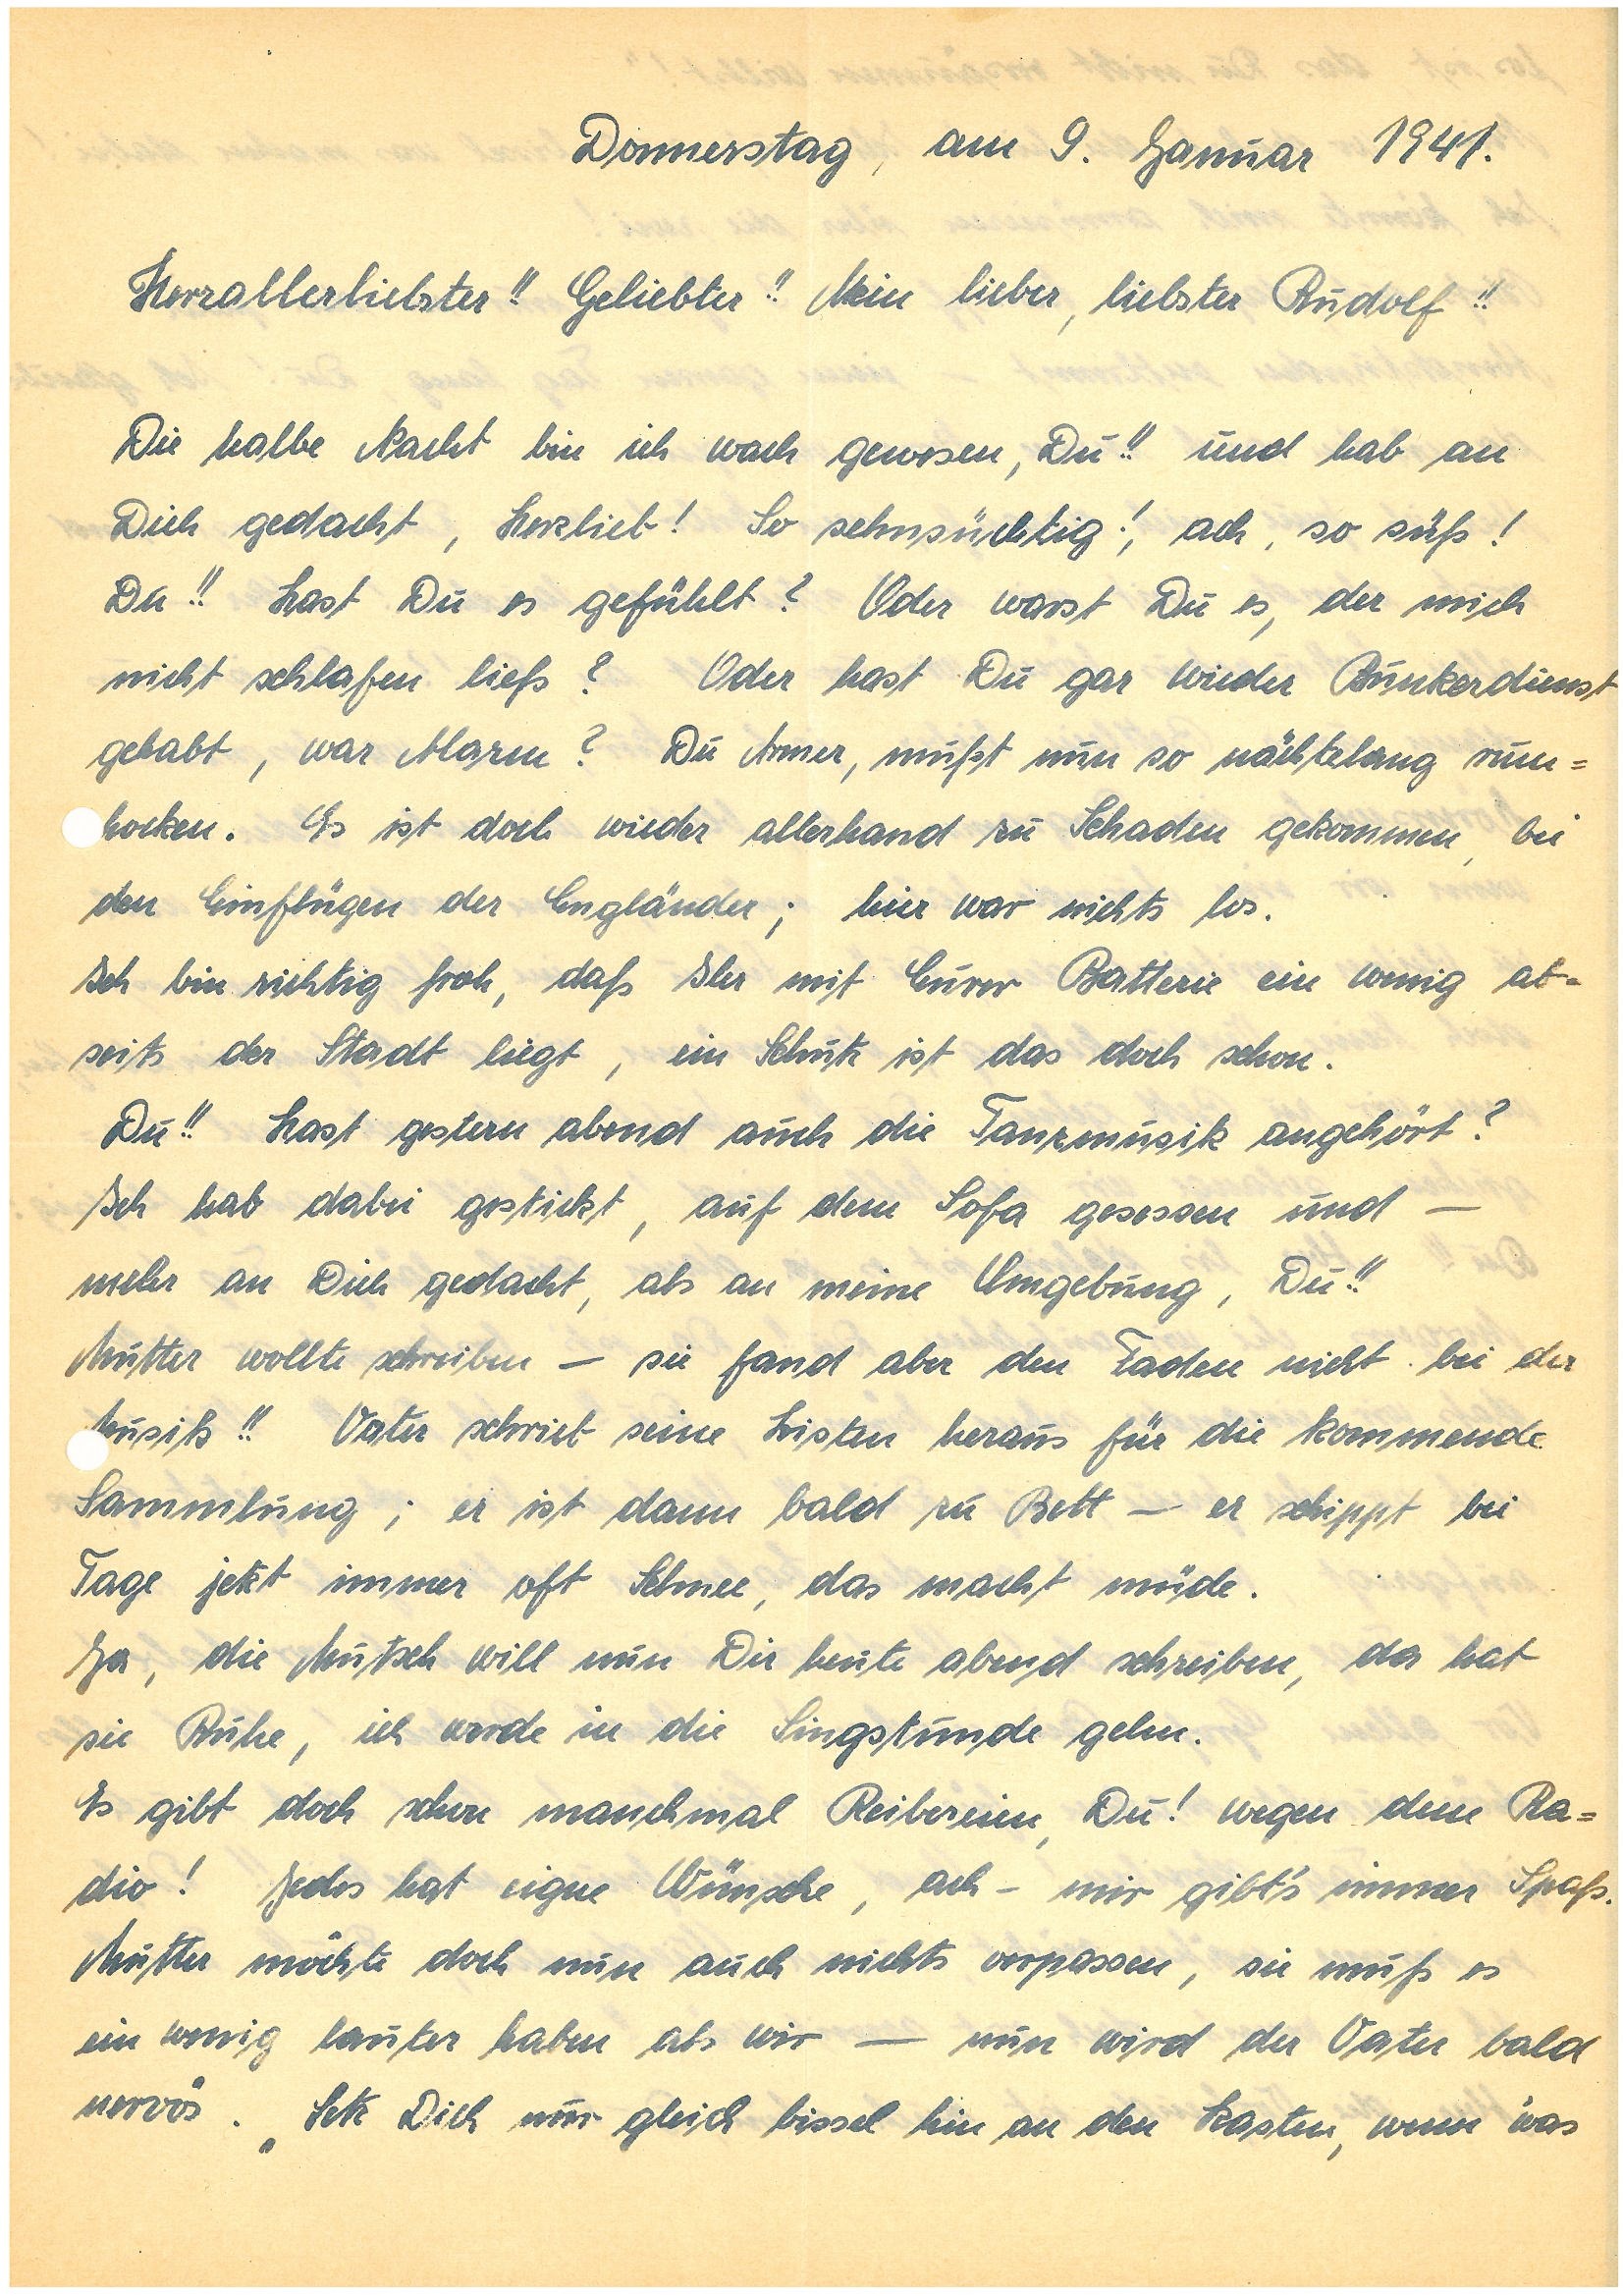
Donnerstag, am 9. Januar 1941.
Herzallerliebster!! Geliebter!! Mein lieber, liebster!!
Die halbe Nacht bin ich wach gewesen, Du!! und hab an
Dich gedacht, Herzlieb! So sehnsüchtig!, ach, so süß!
Du!! Hast du es gefühlt? Oder warst Du es, der mich
nicht schlafen ließ? Oder hast Du gar wieder Bunkerdienst
gehabt, war Alarm? Du Armer, mußt nun so nächtelang rum¬
hocken. Es ist doch wieder allerhand zu Schaden gekommen, bei
den Einflügen der Engländer; hier war nichts los.
Ich bin richtig froh, daß Ihr mit Eurer Batterie ein wenig ab¬
seits der Stadt liegt, ein Schutz ist das doch schon.
Du!! Hast gestern abend auch die Tanzmusik angehört?
Ich hab dabei gestickt, auf dem Sofa gesessen und –
mehr an Dich gedacht, als an meine Umgebung, Du!!
Mutter wollte schreiben – sie fand aber den Faden nicht bei der
usik!! Vater schrieb seine Listen heraus für die kommende
Sammlung; er ist dann bald zu Bett – er schippt bei
Tage jetzt immer oft Schnee, das macht müde.
Ja, die Mutsch will nun Dir heute abend schreiben, da hat
sie Ruhe, ich werde in die Singstunde gehen.
Es gibt doch schon manchmal Reibereien, Du! wegen dem Ra¬
dio! Jedes hat eigne Wünsche, ach – mir gibt’s immer Spaß.
Mutter möchte doch nun auch nichts verpassen, sie muß es
ein wenig lauter haben als wir – nun wird der Vater bald
nervös. “Setz Dich nur gleich bissel hin an den Kasten, wenn ‘was